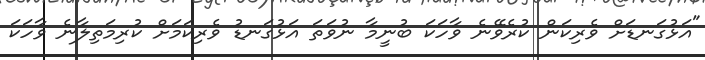
"އަޅުގަނޑަށް ވެރިކަން ކުރެވޭނެ ވާހަކަ ބުނީމާ ނުވަތަ އަޅުގަނޑު ވެރިކަމަށް ކުރިމަތިލާނެ ވާހަކަ